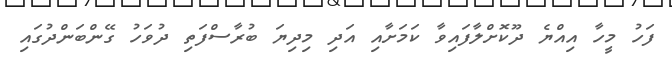
ފަހު މީހާ އިއްޔެ ދޫކޮށްލާފައިވާ ކަމަށާއި އަދި މިދިޔަ ބުރާސްފަތި ދުވަހު ގޭންބަންދުގައި